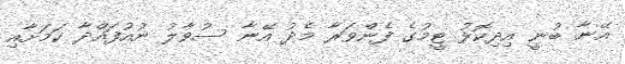
އޭނާ ބުނީ އިދިކޮޅު ޓީމުގެ ފެންވަރާ މެދު އޭނާ ސުވާލު ނުއުފައްދާ ކަމަށާއި